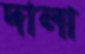
দালা